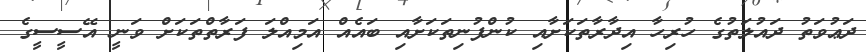
ދަޢުވަތު ދައުލަތުގެ ހުރިހާ އިދާރާތަކަށާއި ކުންފުނިތަކަށާއި ބައެއް އަމިއްލަ ފަރާތްތަކަށް ވަނީ އޭސީސީގެ